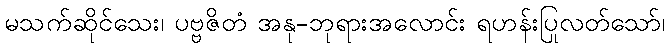
မသက်ဆိုင်သေး၊ ပဗ္ဗဇိတံ အနု-ဘုရားအလောင်း ရဟန်းပြုလတ်သော်၊